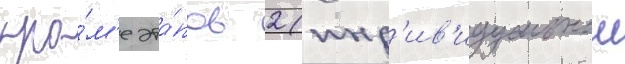
кро́м'е эта́пов 2 (инд'ив'идуальнои